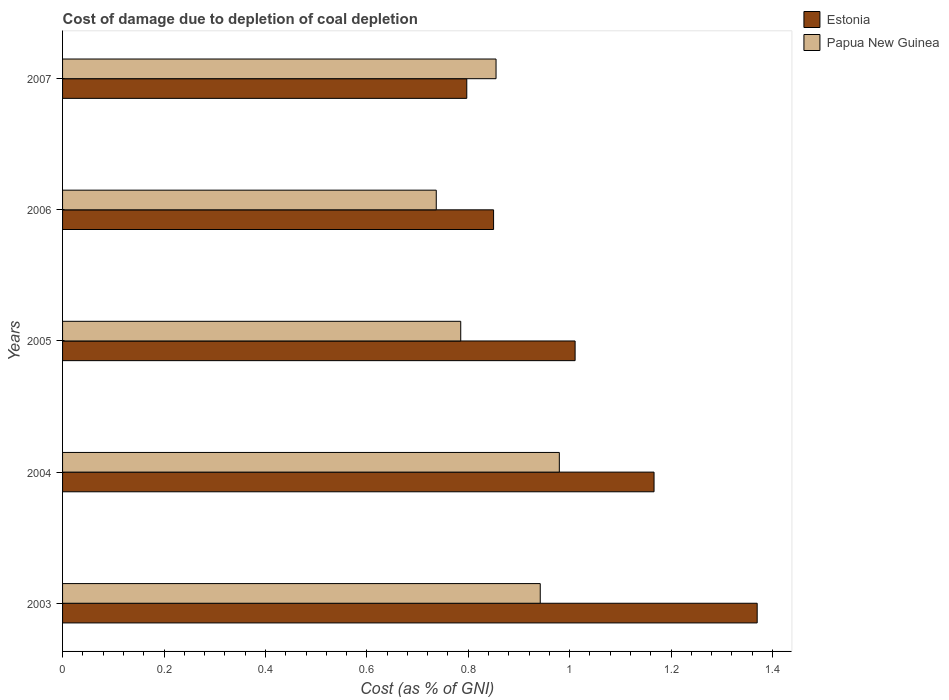
| Years | Estonia | Papua New Guinea |
 | --- | --- | --- |
 | 2003 | 1.37 | 0.942 |
 | 2004 | 1.17 | 0.98 |
 | 2005 | 1.01 | 0.785 |
 | 2006 | 0.85 | 0.737 |
 | 2007 | 0.797 | 0.855 |